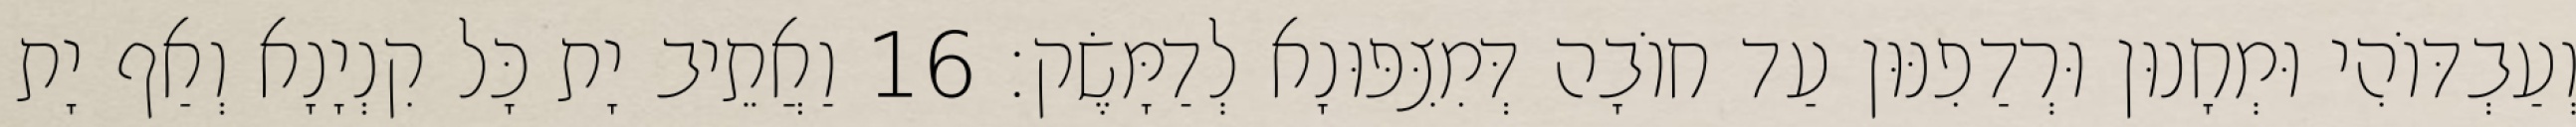
וְעַבְדּוֹהִי וּמְחָנוּן וּרְדַפִנּוּן עַד חוֹבָה דְּמִצִּפּוּנָא לְדַמָּשֶׂק׃ 16 וַאֲתֵיב יָת כָּל קִנְיָנָא וְאַף יָת